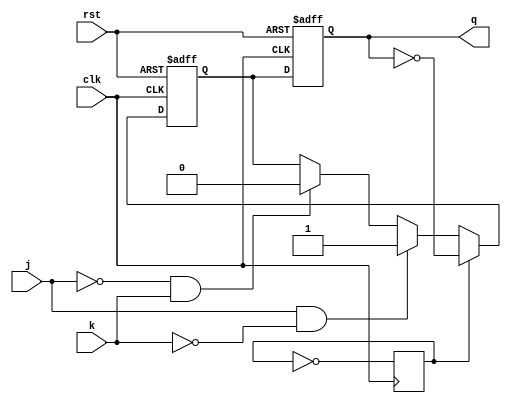
module TFF_with_JK (
    input wire clk,
    input wire rst,
    input wire j,
    input wire k,
    output reg q
);

reg d;
reg t;

always @ (posedge clk or posedge rst) begin
    if (rst) begin
        d <= 1'b0;
    end else begin
        if (t) begin
            d <= ~q;
        end else begin
            if (j & ~k) begin
                d <= 1'b1;
            end else if (~j & k) begin
                d <= 1'b0;
            end
        end
    end
end

always @ (posedge clk) begin
    t <= ~t;
end

always @ (posedge clk or posedge rst) begin
    if (rst) begin
        q <= 1'b0;
    end else begin
        q <= d;
    end
end

endmodule